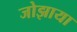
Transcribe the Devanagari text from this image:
जोझाया